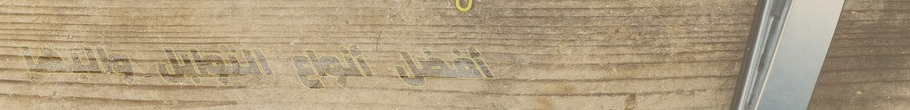
أفضل أنواع التوابل والبها